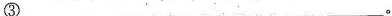
③___。